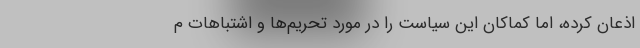
اذعان کرده، اما کماکان این سیاست را در مورد تحریم‌ها و اشتباهات م